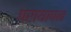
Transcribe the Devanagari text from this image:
परायापन